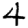
Digit: 4